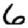
Digit: 6